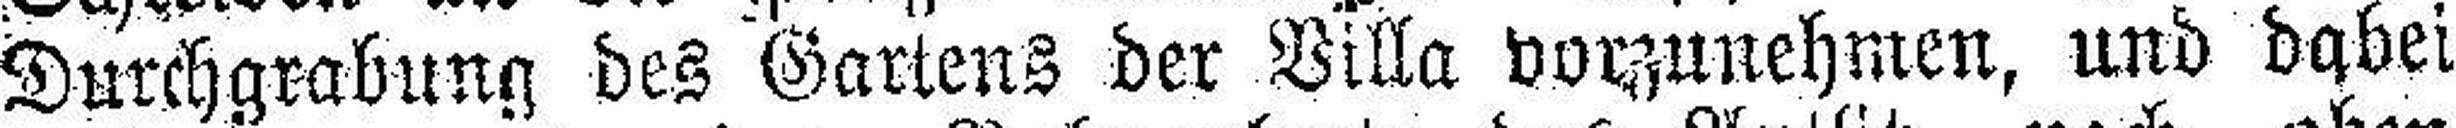
Durchgrabung des Gartens der Villa vorzunehmen, und dabei